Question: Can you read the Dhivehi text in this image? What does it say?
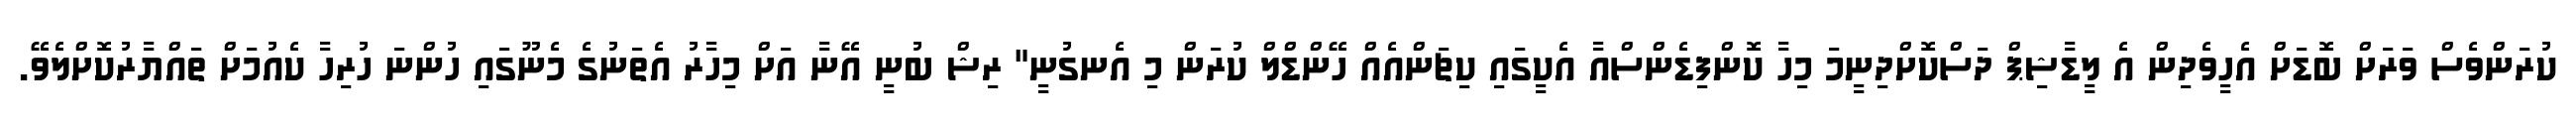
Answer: ކުރަންވެސް ވަރަށް ބޮޑަށް އެހީވެދިން އެ ލީޑާޝިޕް ދަސްކޮށްދިނީމަ މިހާ ކޮންފިޑެންސްއާ އެކީގައި ކިޗަންއެއް ހޭންޑްލް ކުރަން މި އެނގުނީ" ރިޝް ބުނީ އޭނާ އަށް މިހާރު އެތަނުގެ މެނޫގައި ހުންނަ ހުރިހާ ކެއުމަށް ތައްޔާރުކޮށްލެވޭ.